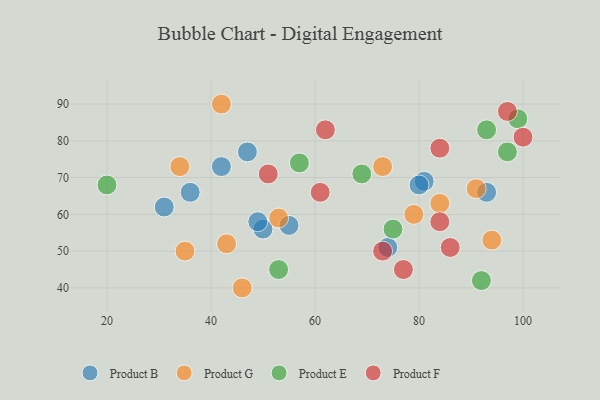
{"axis": {"x": "GDP", "y": "Life Expectancy"}, "legend": ["Product B", "Product E", "Product F", "Product G"], "data": [{"x": "74", "y": 51, "type": "Product B"}, {"x": "81", "y": 69, "type": "Product B"}, {"x": "36", "y": 66, "type": "Product B"}, {"x": "50", "y": 56, "type": "Product B"}, {"x": "55", "y": 57, "type": "Product B"}, {"x": "47", "y": 77, "type": "Product B"}, {"x": "80", "y": 68, "type": "Product B"}, {"x": "42", "y": 73, "type": "Product B"}, {"x": "49", "y": 58, "type": "Product B"}, {"x": "93", "y": 66, "type": "Product B"}, {"x": "31", "y": 62, "type": "Product B"}, {"x": "53", "y": 59, "type": "Product G"}, {"x": "42", "y": 90, "type": "Product G"}, {"x": "84", "y": 63, "type": "Product G"}, {"x": "91", "y": 67, "type": "Product G"}, {"x": "46", "y": 40, "type": "Product G"}, {"x": "43", "y": 52, "type": "Product G"}, {"x": "35", "y": 50, "type": "Product G"}, {"x": "94", "y": 53, "type": "Product G"}, {"x": "34", "y": 73, "type": "Product G"}, {"x": "73", "y": 73, "type": "Product G"}, {"x": "79", "y": 60, "type": "Product G"}, {"x": "53", "y": 45, "type": "Product E"}, {"x": "57", "y": 74, "type": "Product E"}, {"x": "93", "y": 83, "type": "Product E"}, {"x": "99", "y": 86, "type": "Product E"}, {"x": "20", "y": 68, "type": "Product E"}, {"x": "92", "y": 42, "type": "Product E"}, {"x": "75", "y": 56, "type": "Product E"}, {"x": "69", "y": 71, "type": "Product E"}, {"x": "97", "y": 77, "type": "Product E"}, {"x": "73", "y": 50, "type": "Product F"}, {"x": "84", "y": 58, "type": "Product F"}, {"x": "62", "y": 83, "type": "Product F"}, {"x": "84", "y": 78, "type": "Product F"}, {"x": "61", "y": 66, "type": "Product F"}, {"x": "86", "y": 51, "type": "Product F"}, {"x": "51", "y": 71, "type": "Product F"}, {"x": "100", "y": 81, "type": "Product F"}, {"x": "77", "y": 45, "type": "Product F"}, {"x": "97", "y": 88, "type": "Product F"}]}